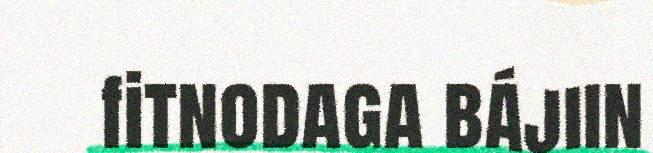
fitnodaga bájiin